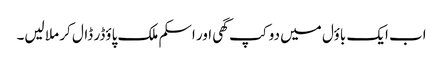
اب ایک باؤل میں دو کپ گھی اور اسکم ملک پاؤڈر ڈال کر ملا لیں۔